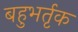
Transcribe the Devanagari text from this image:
बहुभर्तृक